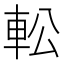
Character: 䡆